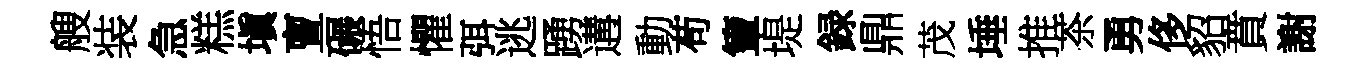
艘装急糕塡亶碾悟懼弭逃踴遘動苟簟堤録鼎茂埵推茶勇侈貂賁謝